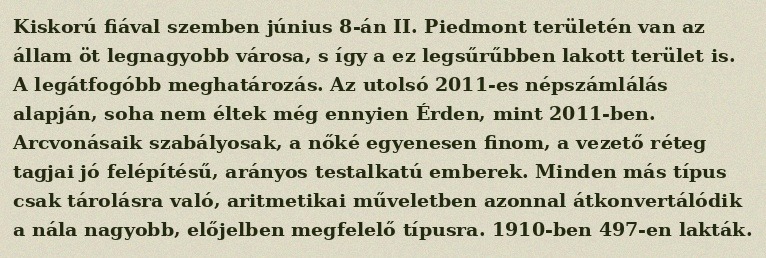
Kiskorú fiával szemben június 8-án II. Piedmont területén van az állam öt legnagyobb városa, s így a ez legsűrűbben lakott terület is. A legátfogóbb meghatározás. Az utolsó 2011-es népszámlálás alapján, soha nem éltek még ennyien Érden, mint 2011-ben. Arcvonásaik szabályosak, a nőké egyenesen finom, a vezető réteg tagjai jó felépítésű, arányos testalkatú emberek. Minden más típus csak tárolásra való, aritmetikai műveletben azonnal átkonvertálódik a nála nagyobb, előjelben megfelelő típusra. 1910-ben 497-en lakták.